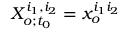
X _ { o ; t _ { 0 } } ^ { i _ { 1 } , i _ { 2 } } = x _ { o } ^ { i _ { 1 } i _ { 2 } }